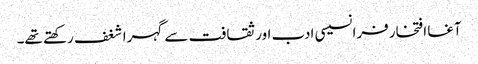
آغا افتخار فرانسیسی ادب اور ثقافت سے گہرا شغف رکھتے تھے۔